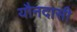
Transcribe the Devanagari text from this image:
यौनदासी